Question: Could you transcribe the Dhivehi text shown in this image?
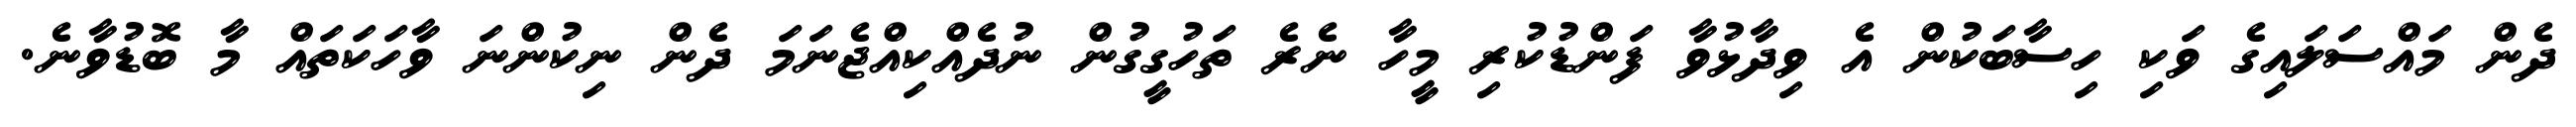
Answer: ދެން މައްސަލައިގެ ވަކި ހިސާބަކުން އެ ވިދާޅުވާ ފަންޑުކުރި މީހާ ނެރެ ތަހުގީގުން ނުދެއްކިއްޖެނަމަ ދެން ނިކުންނަ ވާހަކަތައް މާ ބޮޑުވާނެ.